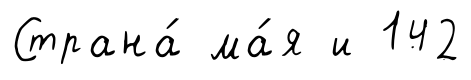
Страна́ ма́я и 142